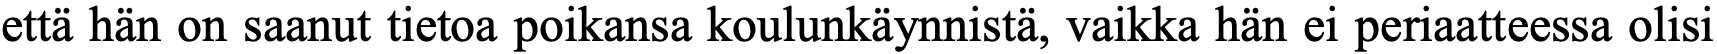
että hän on saanut tietoa poikansa koulunkäynnistä, vaikka hän ei periaatteessa olisi